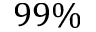
9 9 \%